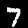
Label: 7